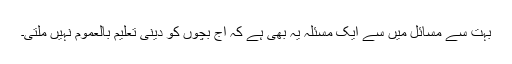
بہت سے مسائل میں سے ایک مسئلہ یہ بھی ہے کہ آج بچوں کو دینی تعلیم بالعموم نہیں ملتی۔